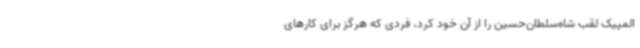
المپیک لقب شاه‌سلطان‌حسین را از آن خود کرد، فردی که هرگز برای کارهای